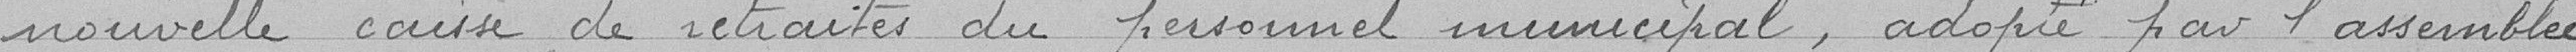
nouvelle caisse de retraites du personnel municipal, adopté par l'assemblée